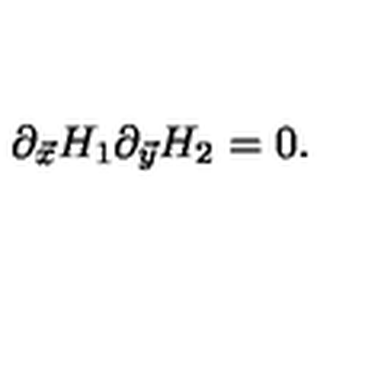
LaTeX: \partial _ { \vec { x } } H _ { 1 } \partial _ { \vec { y } } H _ { 2 } = 0 .